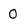
Character: 0